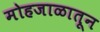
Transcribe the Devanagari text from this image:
मोहजाळातून